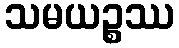
သမယဉ္စဿ